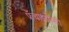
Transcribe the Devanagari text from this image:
फ्रँचाइझींशी